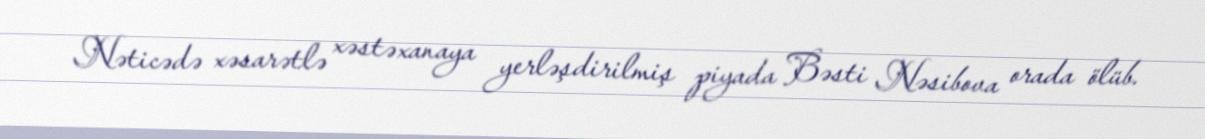
Nəticədə xəsarətlə xəstəxanaya yerləşdirilmiş piyada Bəsti Nəsibova orada ölüb.